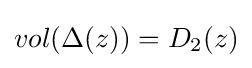
vol(\Delta (z))=D_{2}(z)